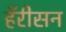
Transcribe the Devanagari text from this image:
हँरीसन